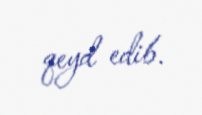
qeyd edib.